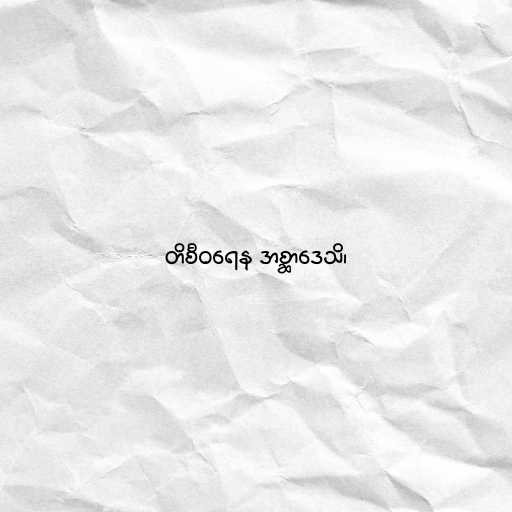
တိစီဝရေန အစ္ဆာဒေသိ၊